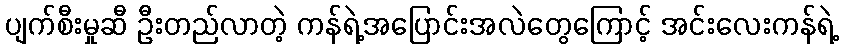
ပျက်စီးမှုဆီ ဦးတည်လာတဲ့ ကန်ရဲ့အပြောင်းအလဲတွေကြောင့် အင်းလေးကန်ရဲ့